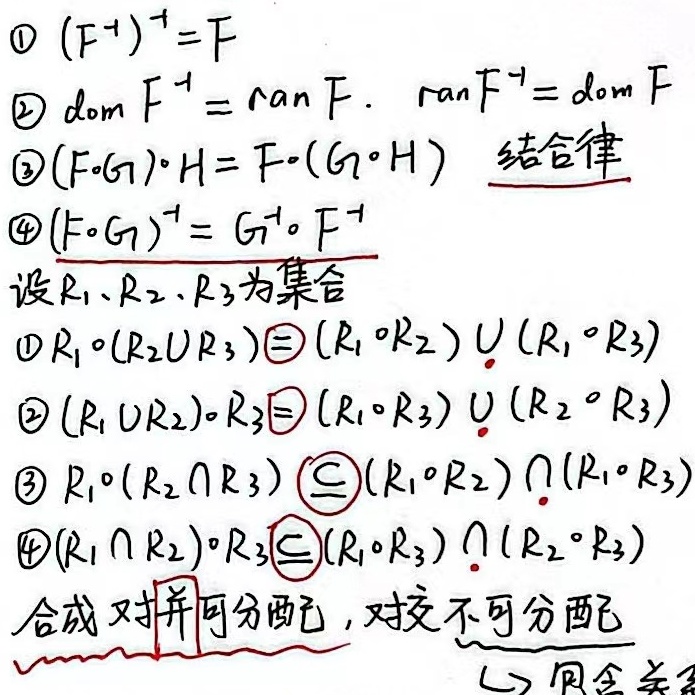
以下是修正后的内容：
\textcircled{1} \((F^{-1})^{-1}=F\)
\textcircled{2} \(\text{dom }F^{-1}=\text{ran }F,\text{ ran }F^{-1}=\text{dom }F\)
\textcircled{3} \((F\circ G)\circ H = F\circ(G\circ H)\)（结合律）
\textcircled{4} \((F\circ G)^{-1}=G^{-1}\circ F^{-1}\)

设\(R_1、R_2、R_3\)为集合。
\textcircled{1} \(R_1\circ(R_2\cup R_3)\supseteq(R_1\circ R_2)\cup(R_1\circ R_3)\)
\textcircled{2} \((R_1\cup R_2)\circ R_3\supseteq(R_1\circ R_3)\cup(R_2\circ R_3)\)
\textcircled{3} \(R_1\circ(R_2\cap R_3)\subseteq(R_1\circ R_2)\cap(R_1\circ R_3)\)
\textcircled{4} \((R_1\cap R_2)\circ R_3\subseteq(R_1\circ R_3)\cap(R_2\circ R_3)\)

合成对并可分配，对交不可分配（包含关系）